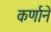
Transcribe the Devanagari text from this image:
कर्णानें